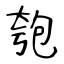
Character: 匏